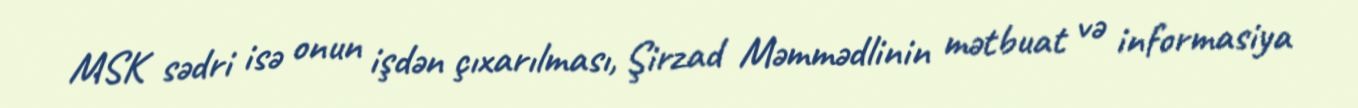
MSK sədri isə onun işdən çıxarılması, Şirzad Məmmədlinin mətbuat və informasiya